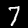
Label: 7